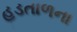
હડતાળના